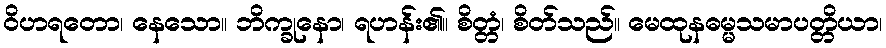
ဝိဟရတော၊ နေသော။ ဘိက္ခုနော၊ ရဟန်း၏။ စိတ္တံ၊ စိတ်သည်။ မေထုနဓမ္မသမာပတ္တိယာ၊